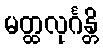
မတ္ထလုင်္ဂန္တိ